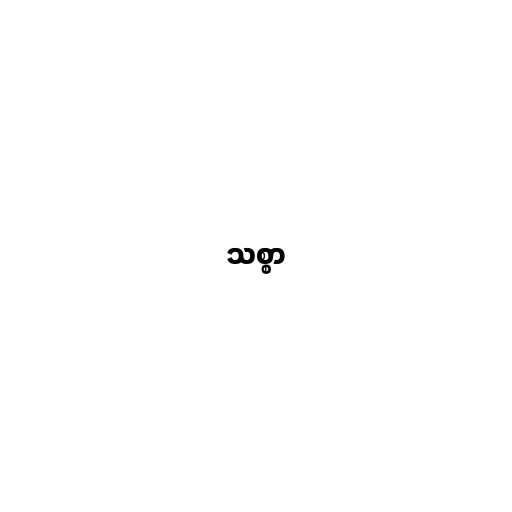
သစ္စာ